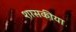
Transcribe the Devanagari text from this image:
शासकीया